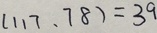
( 1 1 7 , 7 8 ) = 3 9